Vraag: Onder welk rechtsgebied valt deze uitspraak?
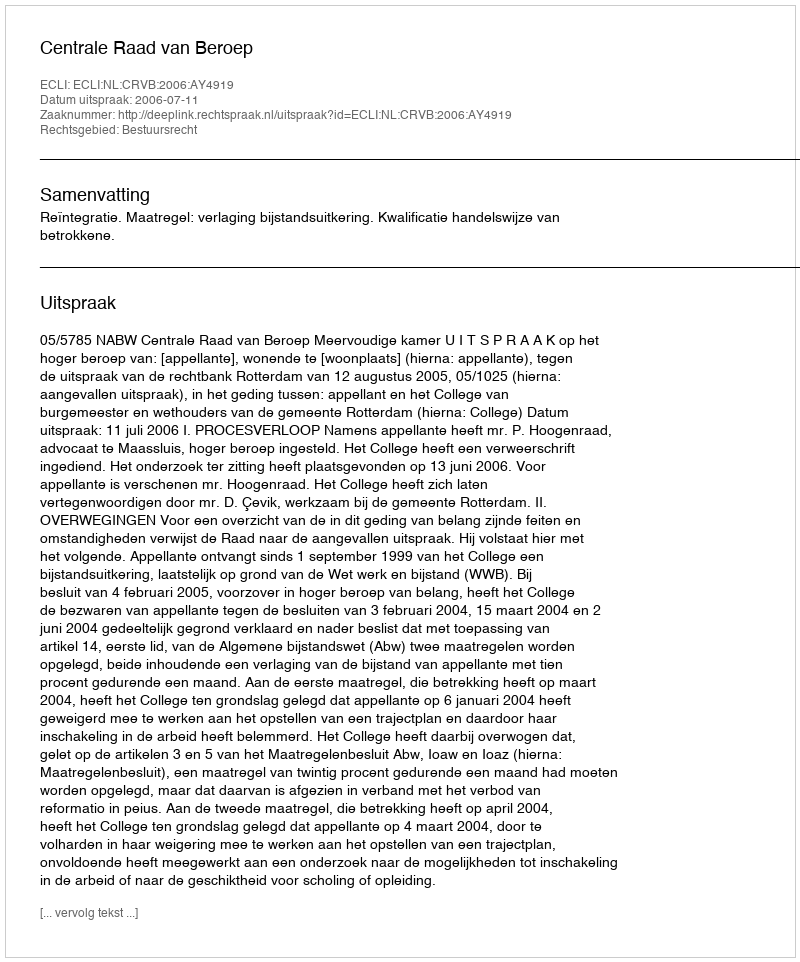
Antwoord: Bestuursrecht